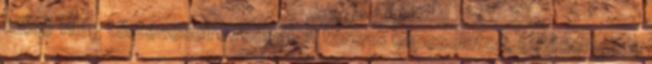
külső világ történéseire reagál. A társas kapcsolatok, elsősorban a